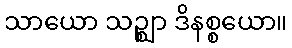
သာယော သဉ္ဈာ ဒိနစ္စယော။